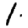
Digit: 1